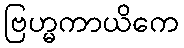
ဗြဟ္မကာယိကေ